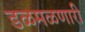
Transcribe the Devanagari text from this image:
डळमळणारी